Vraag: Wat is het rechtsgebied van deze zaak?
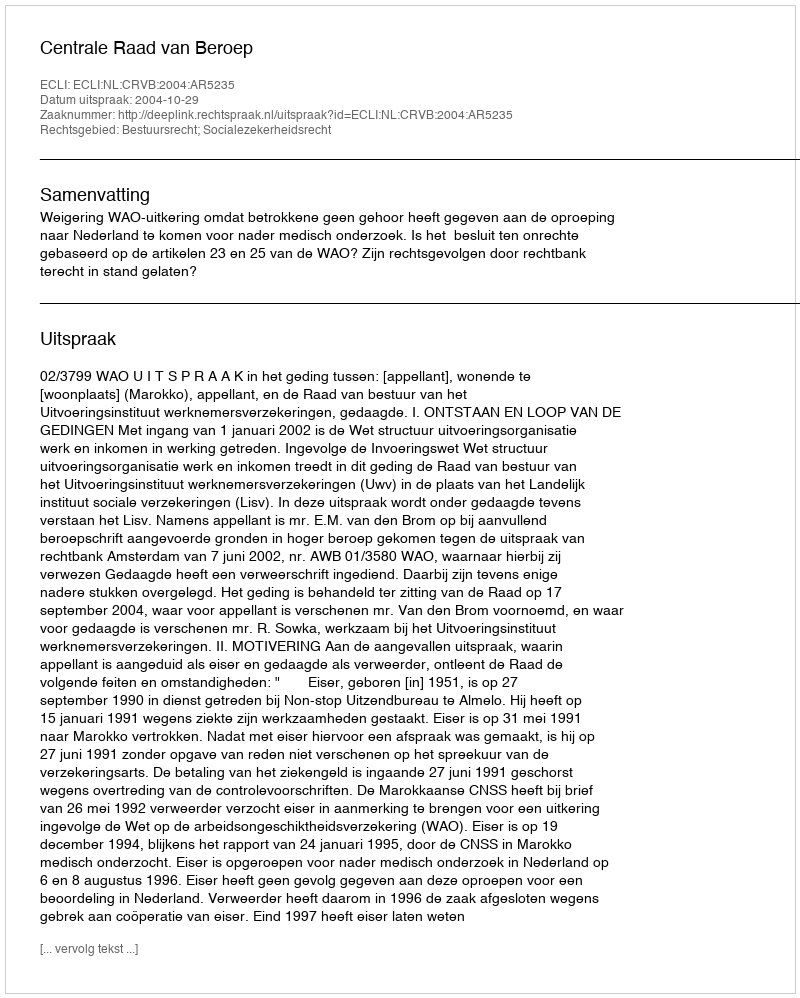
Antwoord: Bestuursrecht; Socialezekerheidsrecht